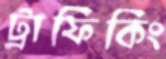
ট্রাফিকিং